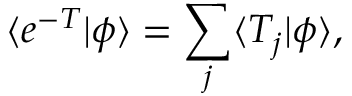
\langle e ^ { - T } | \phi \rangle = \sum _ { j } \langle T _ { j } | \phi \rangle ,